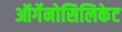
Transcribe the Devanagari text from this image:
ऑर्गेनोसिलिकेट